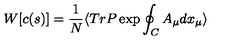
W [ c ( s ) ] = \frac { 1 } { N } \langle T r P \exp \oint _ { C } A _ { \mu } d x _ { \mu } \rangle